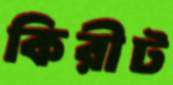
কিরীট